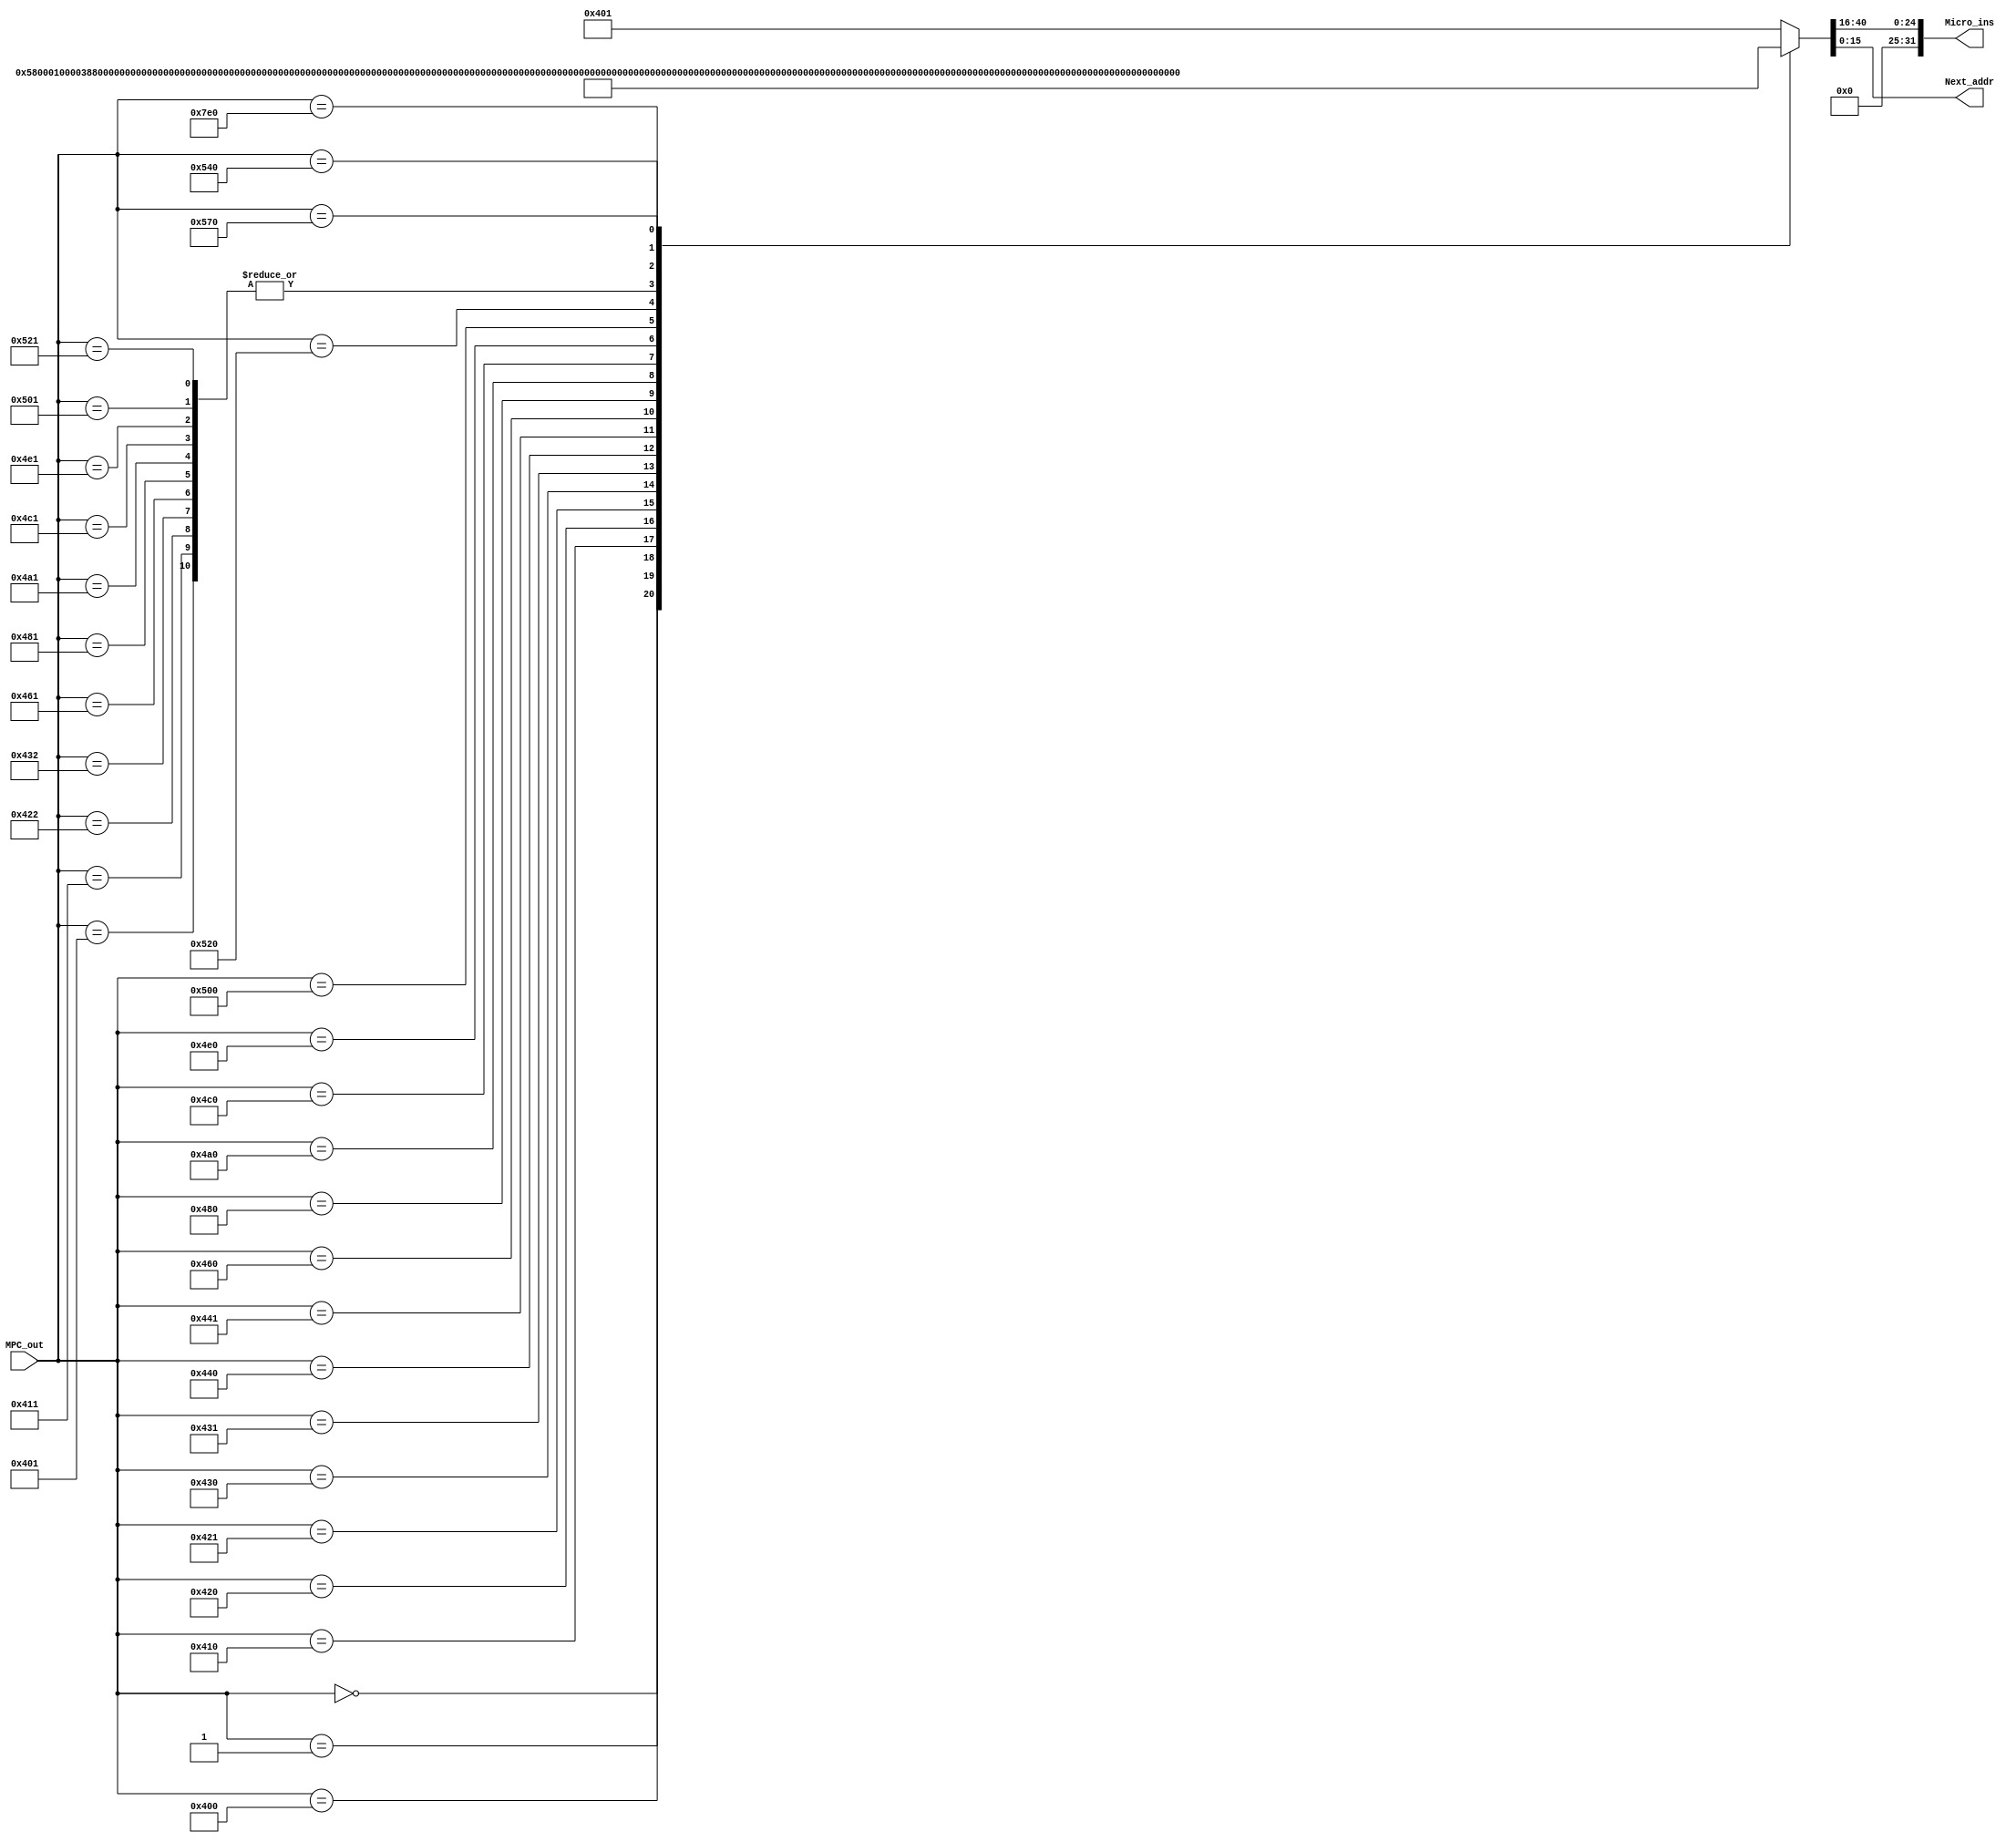
module cumem(
    input[15:0] MPC_out,
    output[31:0] Micro_ins,
    output[15:0] Next_addr
  );

reg[40:0] CU_data;

assign Micro_ins = {7'b0,CU_data[40:16]};
assign Next_addr = CU_data[15:0];

always@(MPC_out)
begin
  case(MPC_out)
//
  16'b0000000000000000:   CU_data = 41'b0000000000000000001011000_0000000000000001; 
  16'b0000000000000001:   CU_data = 41'b0000000000000000001110001_0000000000000000;
//MOV
  16'b0000010000000000:   CU_data = 41'b0000010000100000001010000_0000010000000001;
  16'b0000010000000001:   CU_data = 41'b0000000100000000000010000_0000000000000000; 
//MOV(I)
  16'b0000010000010000:   CU_data = 41'b0000000010000000001010000_0000010000010001; 
  16'b0000010000010001:   CU_data = 41'b0000000100000000000010000_0000000000000000; 
//LAD
  16'b0000010000100000:   CU_data = 41'b0000010000101000001010000_0000010000100001; 
  16'b0000010000100001:   CU_data = 41'b0000001001000101001010000_0000010000100010;
  16'b0000010000100010:   CU_data = 41'b0000000100000000000010000_0000000000000000;
//LAD(I)
  16'b0000010000110000:   CU_data = 41'b0000010010001000001010000_0000010000110001; 
  16'b0000010000110001:   CU_data = 41'b0000000001000101001010000_0000010000110010;
  16'b0000010000110010:   CU_data = 41'b0000000100000000000010000_0000000000000000;
//STO
  16'b0000010001000000:   CU_data = 41'b1111101000011000001010000_0000010001000001;  //10 11
  16'b0000010001000001:   CU_data = 41'b0000010000100011000010000_0000000000000000;
//ADD
  16'b0000010001100000:   CU_data = 41'b0100111000010000111010000_0000010001100001; 
  16'b0000010001100001:   CU_data = 41'b0000000100000000000010000_0000000000000000; 
//SUB
  16'b0000010010000000:   CU_data = 41'b0011011000010000111010000_0000010010000001;
  16'b0000010010000001:   CU_data = 41'b0000000100000000000010000_0000000000000000;
//INC  
  16'b0000010010100000:   CU_data = 41'b0100001000010000001010000_0000010010100001;
  16'b0000010010100001:   CU_data = 41'b0000000100000000000010000_0000000000000000;
//DEC
  16'b0000010011000000:   CU_data = 41'b0111101000010000001010000_0000010011000001; 
  16'b0000010011000001:   CU_data = 41'b0000000100000000000010000_0000000000000000;
//AND
  16'b0000010011100000:   CU_data = 41'b1101111000010000111010000_0000010011100001;
  16'b0000010011100001:   CU_data = 41'b0000000100000000000010000_0000000000000000;
//OR
  16'b0000010100000000:   CU_data = 41'b1111011000010000111010000_0000010100000001; 
  16'b0000010100000001:   CU_data = 41'b0000000100000000000010000_0000000000000000;
//NOT
  16'b0000010100100000:   CU_data = 41'b1000001000010000001010000_0000010100100001; 
  16'b0000010100100001:   CU_data = 41'b0000000100000000000010000_0000000000000000;
//CMP 
  16'b0000010101000000:   CU_data = 41'b0011011000000000110010000_0000000000000000; 
  16'b0000010101110000:   CU_data = 41'b0000000010000000000010111_0000000000000000;
//HLT
  16'b0000011111100000:   CU_data = 41'b0000000000000000000010000_0000000000000000;

  default:                CU_data = 41'b0000000000000000000000000_0000010000000001;
  endcase
end
endmodule